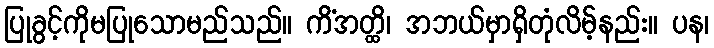
ပြုခွင့်ကိုမပြုသောမည်သည်။ ကိံအတ္ထိ၊ အဘယ်မှာရှိတုံလိမ့်နည်း။ ပန၊